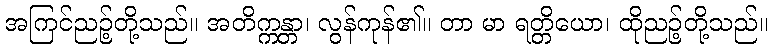
အကြင်ညဉ့်တို့သည်။ အတိက္ကန္တာ၊ လွန်ကုန်၏။ တာ မာ ရတ္တိယော၊ ထိုညဉ့်တို့သည်။